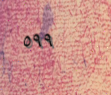
٥٩٩